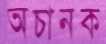
অচানক